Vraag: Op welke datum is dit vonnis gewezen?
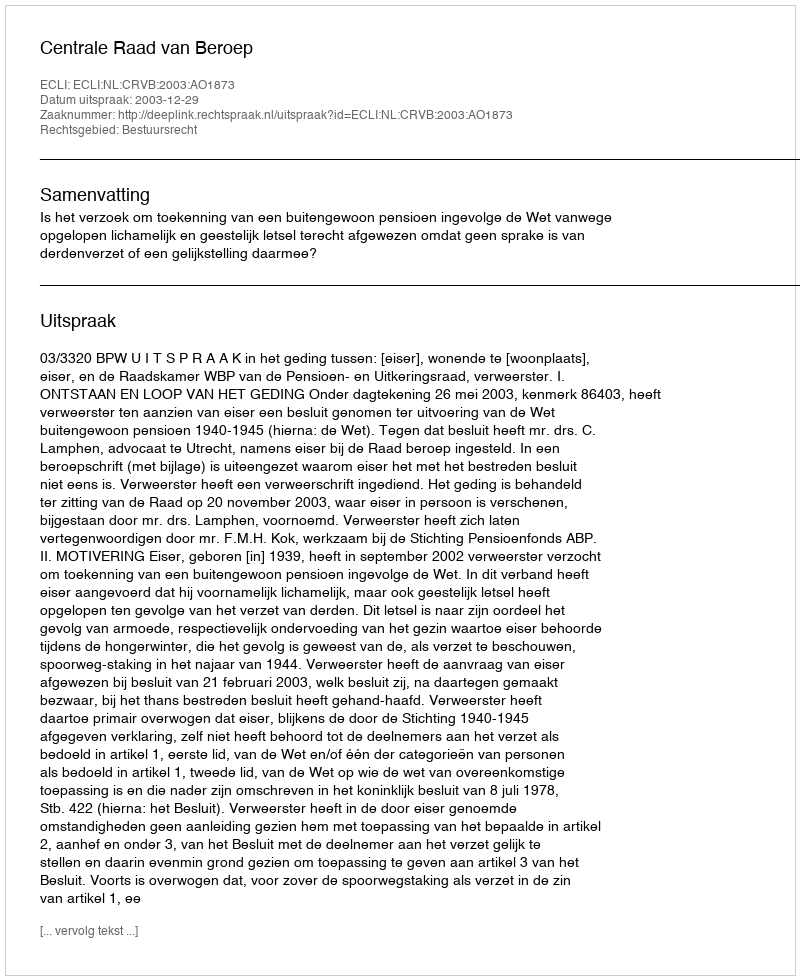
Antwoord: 2003-12-29